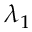
\lambda _ { 1 }